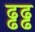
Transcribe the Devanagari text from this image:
ढ्ढढ्ढ